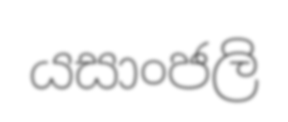
යසාංජලි